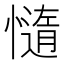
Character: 𭞻